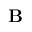
{ \bf B }